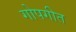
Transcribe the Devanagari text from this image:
गोपगीत